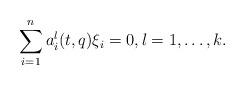
LaTeX: \begin{align*}\sum_{i=1}^n a_i^l(t,q)\xi_i=0, l=1,\dots,k.\end{align*}